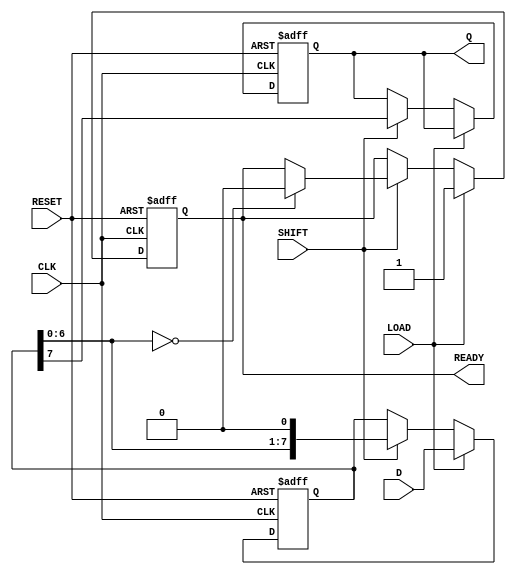
module PISO_Register #(
    parameter WIDTH = 8  // Define the width of the data input
)(
    input  wire [WIDTH-1:0] D,        // Parallel data input
    input  wire LOAD,                  // Load control signal
    input  wire CLK,                   // Clock signal
    input  wire SHIFT,                 // Shift control signal
    input  wire RESET,                 // Asynchronous reset signal
    output reg  Q,                     // Serial output
    output reg  READY                  // Data ready signal
);

    reg [WIDTH-1:0] shift_reg;         // Internal shift register

    always @(posedge CLK or posedge RESET) begin
        if (RESET) begin
            shift_reg <= {WIDTH{1'b0}}; // Clear the shift register
            Q <= 1'b0;                 // Clear the serial output
            READY <= 1'b0;             // Clear the data ready signal
        end else begin
            if (LOAD) begin
                shift_reg <= D;         // Load parallel data into the shift register
                READY <= 1'b1;         // Indicate that data is ready
            end else if (SHIFT) begin
                Q <= shift_reg[WIDTH-1]; // Output the MSB
                shift_reg <= {shift_reg[WIDTH-2:0], 1'b0}; // Shift left
                if (shift_reg[WIDTH-2:0] == {WIDTH-1{1'b0}}) begin
                    READY <= 1'b0;       // Deactivate ready signal when done
                end
            end
        end
    end
endmodule